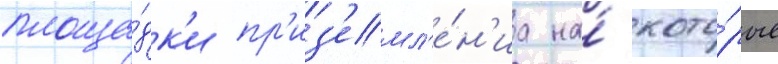
площа́дк'и пр'из'емл'е́н'иа на́ кото́рые